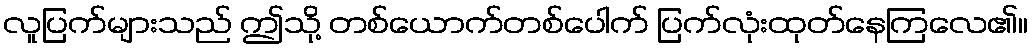
လူပြက်များသည် ဤသို့ တစ်ယောက်တစ်ပေါက် ပြက်လုံးထုတ်နေကြလေ၏။